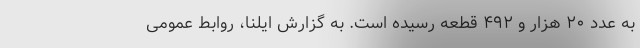
به عدد ۲۰ هزار و ۴۹۲ قطعه رسیده است. به گزارش ایلنا، روابط‌ عمومی